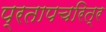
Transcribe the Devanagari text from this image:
प्रतापचरित्र